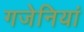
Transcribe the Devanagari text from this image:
गजेनियां